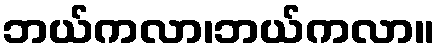
ဘယ်ကလာ၊ဘယ်ကလာ။